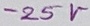
Text: -25V